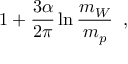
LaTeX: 1 + \frac { 3 \alpha } { 2 \pi } \ln \frac { m _ { W } } { m _ { p } } \; \; ,